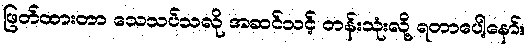
ဖြတ်ထားတာ သေသပ်သလို အဆင်သင့် တန်းသုံးလို့ ရတာပေါ့နော်။